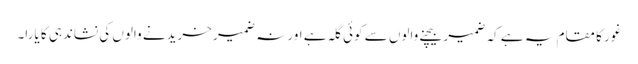
غور کا مقام یہ ہے کہ ضمیر بیچنے والوں سے کوئی گلہ ہے اور نہ ضمیر خریدنے والوں کی نشاندہی کا یارا۔